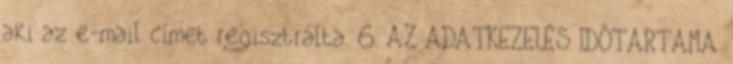
aki az e-mail címet regisztrálta. 6. AZ ADATKEZELÉS IDŐTARTAMA